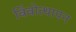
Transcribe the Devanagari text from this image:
बिंबोत्थापन